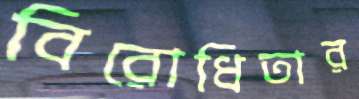
বিরোধিতার